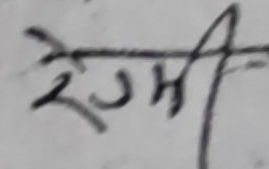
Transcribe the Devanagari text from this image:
रेणर्ी